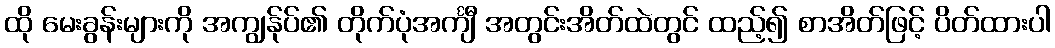
ထို မေးခွန်းများကို အကျွန်ုပ်၏ တိုက်ပုံအင်္ကျီ အတွင်းအိတ်ထဲတွင် ထည့်၍ စာအိတ်ဖြင့် ပိတ်ထားပါ